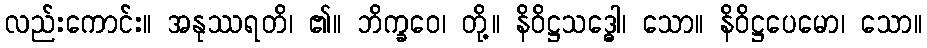
လည်းကောင်း။ အနုဿရတိ၊ ၏။ ဘိက္ခဝေ၊ တို့။ နိဝိဋ္ဌသဒ္ဓေါ၊ သော။ နိဝိဋ္ဌပေမော၊ သော။